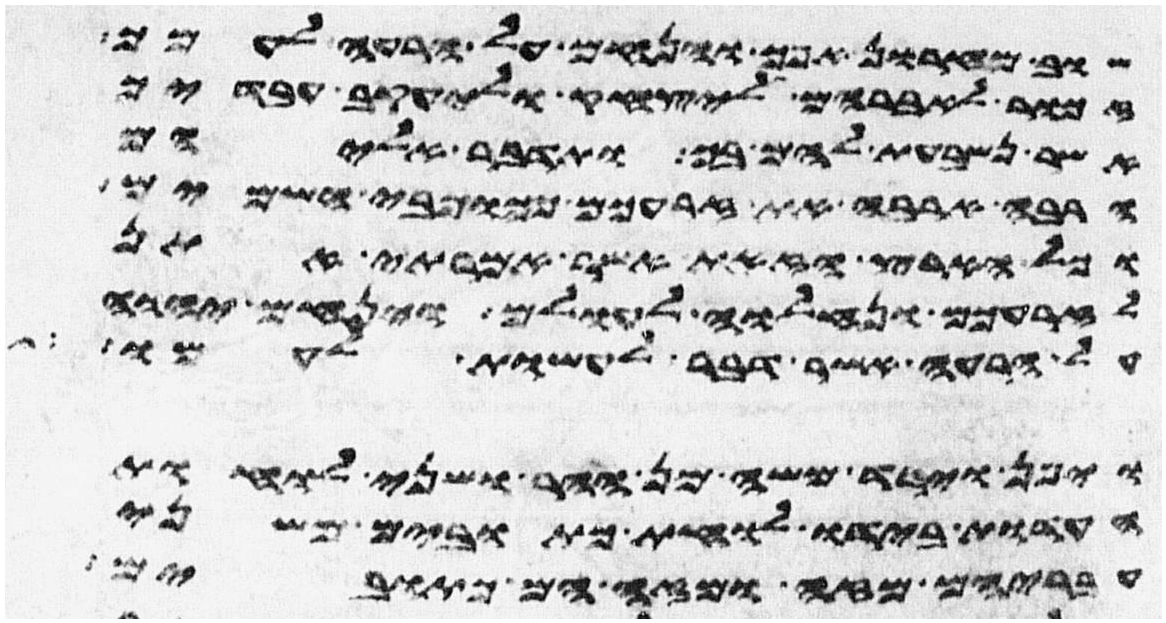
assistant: שוב מחרון אפך והנחם על הרעה לעמך
זכור לאברהם ליצחק וליעקב עבדיך
אשר נשבעת להם בך ותדבר אליהם
הרבה ארבה את זרעכם ככוכבי השמים
וכל הארץ הזאת אשר אמרתי אתן
לזרעכם ונחלוה לעולם וינחם יהוה
על הרעה אשר דבר לעשות לעמו
ויפן וירד משה מן ההר ושני לוחת
העדות בידו לוחת כתובים משני
עבריהם מזה ומזה הם כתובים